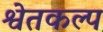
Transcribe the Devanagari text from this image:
श्वेतकल्प